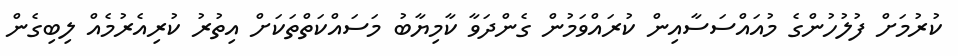
ކުރުމަށް ފުލުހުންގެ މުއައްސަސާއިން ކުރައްވަމުން ގެންދަވާ ކާމިޔާބު މަސައްކަތްތަކަށް އިތުރު ކުރިއެރުމެއް ލިބިގެން